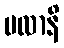
မလာနိ